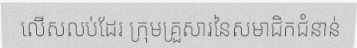
លើសលប់ដែរ ក្រុមគ្រួសារនៃសមាជិកជំនាន់